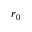
r _ { 0 }